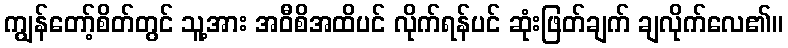
ကျွန်တော့်စိတ်တွင် သူ့အား အဝီစိအထိပင် လိုက်ရန်ပင် ဆုံးဖြတ်ချက် ချလိုက်လေ၏။